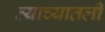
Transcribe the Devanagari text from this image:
त्याच्यातली